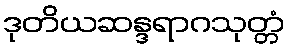
ဒုတိယဆန္ဒရာဂသုတ္တံ